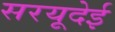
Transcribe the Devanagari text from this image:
सरयूदेई